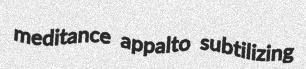
meditance appalto subtilizing